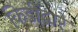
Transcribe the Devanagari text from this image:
किडींद्वारे